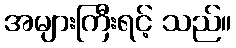
အများကြီးရင့် သည်။